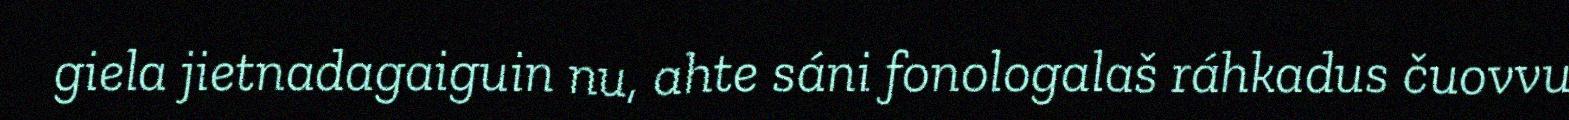
giela jietnadagaiguin nu, ahte sáni fonologalaš ráhkadus čuovvu